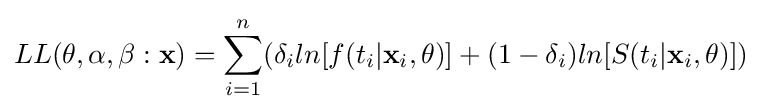
LL(\mathbf {\theta } ,\alpha ,\beta :{\mathbf {x} })=\sum _{i=1}^{n}(\delta _{i}ln{[f(t_{i}|\mathbf {x} _{i},\mathbf {\theta } )]}+(1-\delta _{i})ln{[S(t_{i}|\mathbf {x} _{i},\mathbf {\theta } )]})